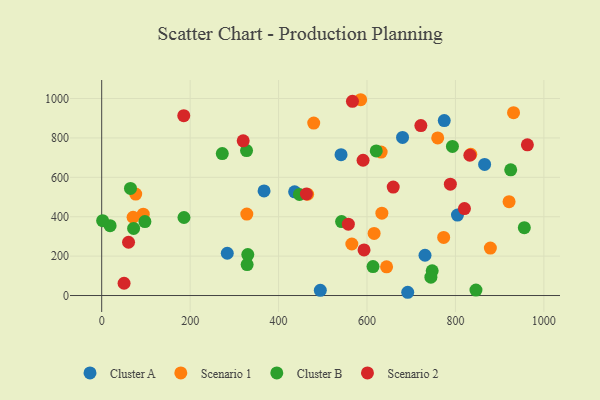
{"axis": {"x": "Price", "y": "Exam Score"}, "legend": ["Cluster A", "Cluster B", "Scenario 1", "Scenario 2"], "data": [{"x": "731.2", "y": 204.4, "type": "Cluster A"}, {"x": "692.1", "y": 16.5, "type": "Cluster A"}, {"x": "436.3", "y": 526.5, "type": "Cluster A"}, {"x": "494.4", "y": 26.6, "type": "Cluster A"}, {"x": "680.4", "y": 802.3, "type": "Cluster A"}, {"x": "866.0", "y": 665.5, "type": "Cluster A"}, {"x": "774.7", "y": 888.0, "type": "Cluster A"}, {"x": "804.6", "y": 408.2, "type": "Cluster A"}, {"x": "367.2", "y": 531.0, "type": "Cluster A"}, {"x": "284.0", "y": 214.7, "type": "Cluster A"}, {"x": "541.3", "y": 715.0, "type": "Cluster A"}, {"x": "644.3", "y": 145.5, "type": "Scenario 1"}, {"x": "834.7", "y": 716.7, "type": "Scenario 1"}, {"x": "632.0", "y": 728.0, "type": "Scenario 1"}, {"x": "585.7", "y": 993.8, "type": "Scenario 1"}, {"x": "76.9", "y": 514.7, "type": "Scenario 1"}, {"x": "565.7", "y": 261.4, "type": "Scenario 1"}, {"x": "94.0", "y": 412.8, "type": "Scenario 1"}, {"x": "633.6", "y": 418.0, "type": "Scenario 1"}, {"x": "773.4", "y": 295.1, "type": "Scenario 1"}, {"x": "921.3", "y": 476.3, "type": "Scenario 1"}, {"x": "328.2", "y": 413.3, "type": "Scenario 1"}, {"x": "616.1", "y": 315.3, "type": "Scenario 1"}, {"x": "71.0", "y": 397.2, "type": "Scenario 1"}, {"x": "465.7", "y": 514.1, "type": "Scenario 1"}, {"x": "759.9", "y": 800.1, "type": "Scenario 1"}, {"x": "931.4", "y": 927.9, "type": "Scenario 1"}, {"x": "479.5", "y": 875.5, "type": "Scenario 1"}, {"x": "879.0", "y": 240.7, "type": "Scenario 1"}, {"x": "186.1", "y": 396.1, "type": "Cluster B"}, {"x": "542.5", "y": 375.4, "type": "Cluster B"}, {"x": "72.2", "y": 340.4, "type": "Cluster B"}, {"x": "846.4", "y": 27.6, "type": "Cluster B"}, {"x": "925.0", "y": 637.8, "type": "Cluster B"}, {"x": "19.0", "y": 354.4, "type": "Cluster B"}, {"x": "955.8", "y": 344.6, "type": "Cluster B"}, {"x": "327.6", "y": 735.8, "type": "Cluster B"}, {"x": "272.7", "y": 720.6, "type": "Cluster B"}, {"x": "793.2", "y": 757.0, "type": "Cluster B"}, {"x": "613.6", "y": 146.9, "type": "Cluster B"}, {"x": "620.9", "y": 733.7, "type": "Cluster B"}, {"x": "328.9", "y": 156.9, "type": "Cluster B"}, {"x": "747.4", "y": 125.2, "type": "Cluster B"}, {"x": "2.1", "y": 379.9, "type": "Cluster B"}, {"x": "97.7", "y": 375.1, "type": "Cluster B"}, {"x": "447.3", "y": 513.0, "type": "Cluster B"}, {"x": "744.5", "y": 93.0, "type": "Cluster B"}, {"x": "330.4", "y": 208.0, "type": "Cluster B"}, {"x": "65.1", "y": 543.7, "type": "Cluster B"}, {"x": "962.7", "y": 765.1, "type": "Scenario 2"}, {"x": "320.0", "y": 785.0, "type": "Scenario 2"}, {"x": "185.6", "y": 913.0, "type": "Scenario 2"}, {"x": "60.7", "y": 270.4, "type": "Scenario 2"}, {"x": "659.3", "y": 550.3, "type": "Scenario 2"}, {"x": "567.1", "y": 985.5, "type": "Scenario 2"}, {"x": "593.3", "y": 231.4, "type": "Scenario 2"}, {"x": "591.1", "y": 686.7, "type": "Scenario 2"}, {"x": "721.8", "y": 862.8, "type": "Scenario 2"}, {"x": "557.8", "y": 362.2, "type": "Scenario 2"}, {"x": "820.4", "y": 441.4, "type": "Scenario 2"}, {"x": "788.5", "y": 565.4, "type": "Scenario 2"}, {"x": "832.6", "y": 712.1, "type": "Scenario 2"}, {"x": "50.6", "y": 62.2, "type": "Scenario 2"}, {"x": "462.9", "y": 515.2, "type": "Scenario 2"}]}